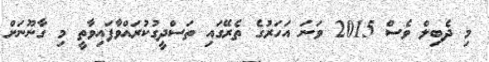
މި ދެބިލް ވެސް 2015 ވަަނަ އަހަރުގެ ތެރޭގައި ތަސްދީގުކުރައްވާފައިވާތީ މި ގާނޫނަށް